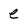
Character: e